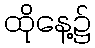
ထိုနေ့၌